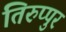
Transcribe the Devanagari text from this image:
तिरुप्पुर